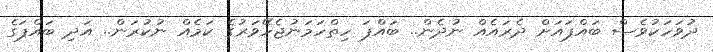
ދުވަހަކުވެސް ބައްޕައަށް ދެރައެއް ނުދެން.. ބައްޕަ ހިތްހަމަނުޖެހޭވަރުގެ ކަމެއް ނުކުރަން.. އަދި ބައްޕަގެ